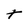
Character: t